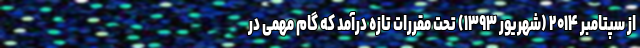
از سپتامبر ۲۰۱۴ (شهریور ۱۳۹۳) تحت مقررات تازه درآمد که گام مهمی در